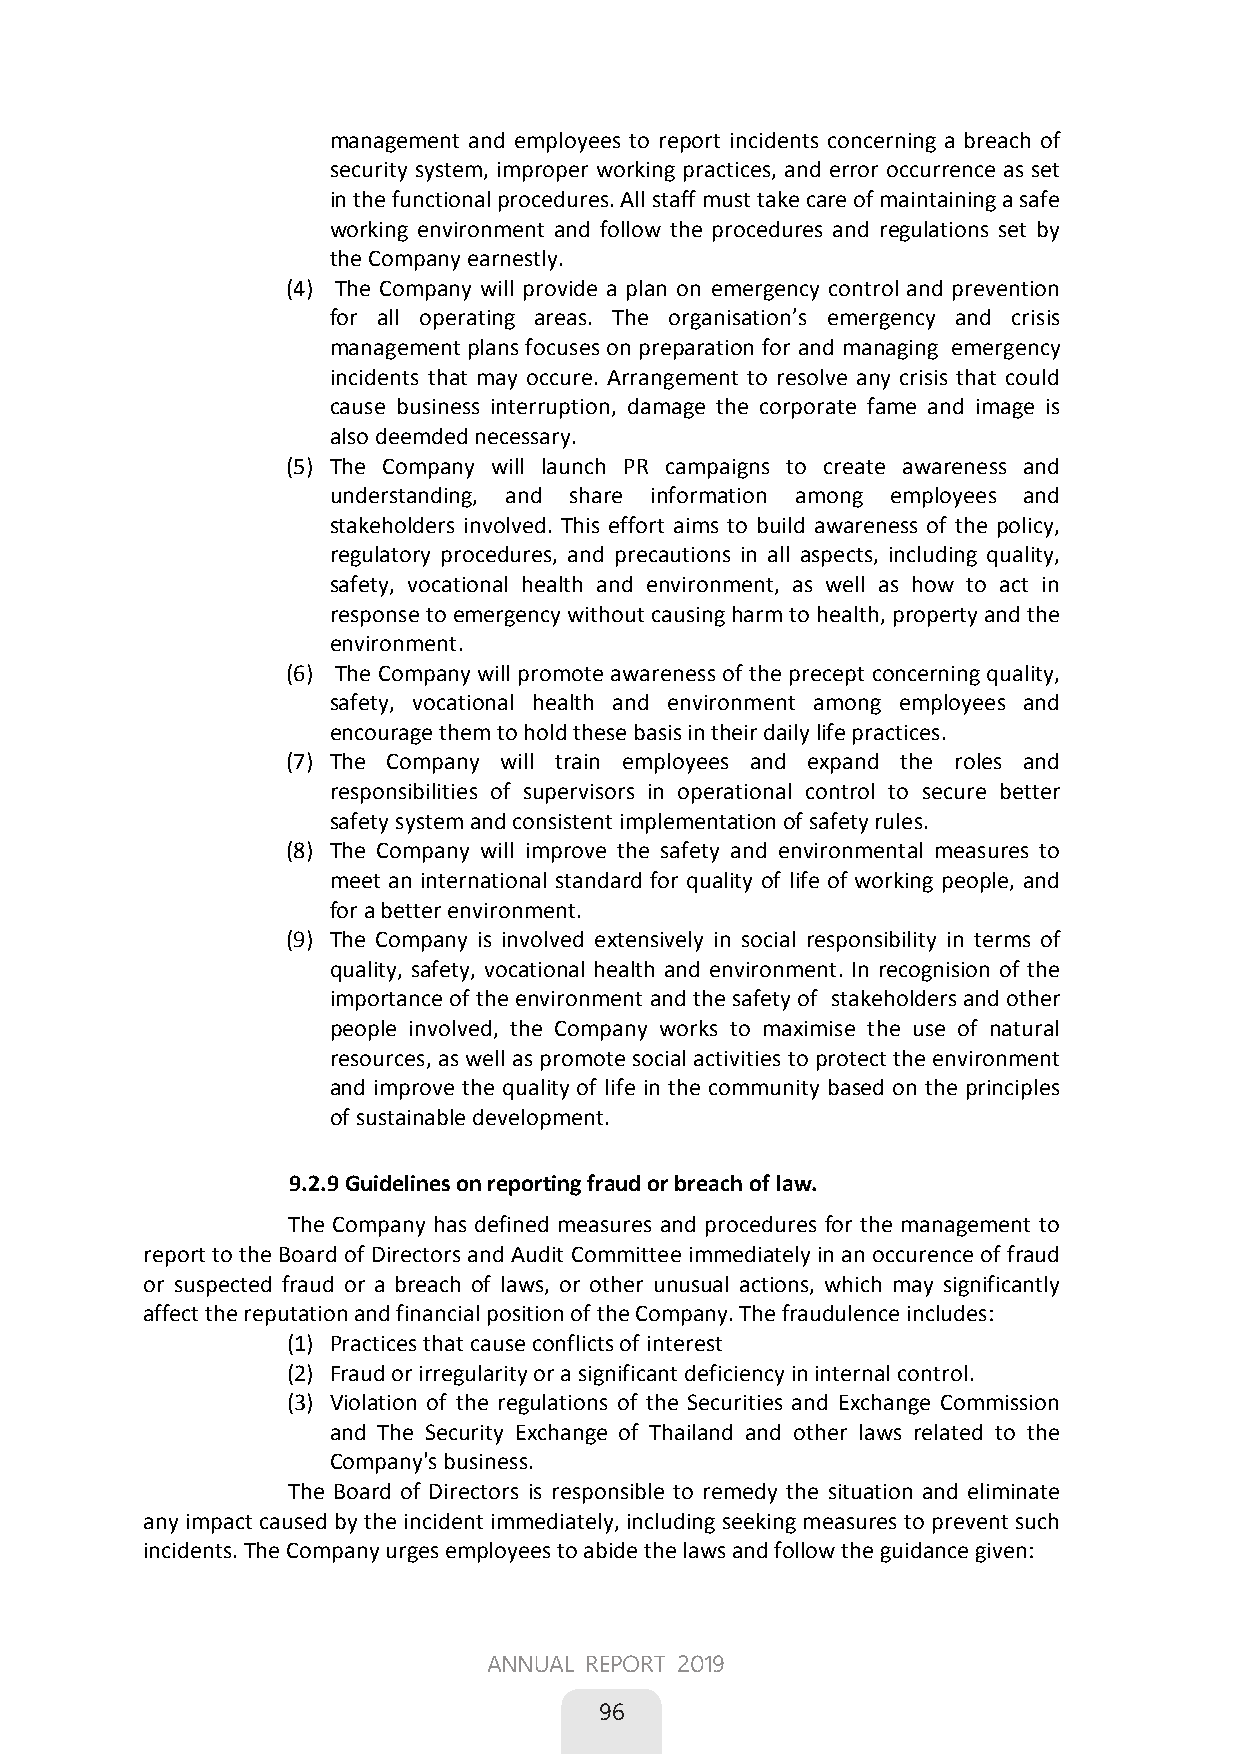
management and employees to report incidents concerning a breach of
 security system, improper working practices, and error occurrence as set
 in the functional procedures. All staff must take care of maintaining a safe
 working environment and follow the procedures and regulations set by
 the Company earnestly.
 (4) The Company will provide a plan on emergency control and prevention
 for all operating areas. The organisation’s emergency and crisis
 management plans focuses on preparation for and managing emergency
 incidents that may occure. Arrangement to resolve any crisis that could
 cause business interruption, damage the corporate fame and image is
 also deemded necessary.
 (5) The Company will launch PR campaigns to create awareness and
 understanding, and share information among employees and
 stakeholders involved. This effort aims to build awareness of the policy,
 regulatory procedures, and precautions in all aspects, including quality,
 safety, vocational health and environment, as well as how to act in
 response toemergency without causing harm to health, property and the
 environment.
 (6) The Company will promote awareness of the precept concerning quality,
 safety, vocational health and environment among employees and
 encourage them to hold these basis in their daily life practices.
 (7) The Company will train employees and expand the roles and
 responsibilities of supervisors in operational control to secure better
 safety system and consistent implementation of safety rules. 
 (8) The Company will improve the safety and environmental measures to
 meet an international standard for quality of life of working people, and
 for a better environment.
 (9) The Company is involved extensively in social responsibility in terms of
 quality, safety, vocational health and environment. In recognision of the
 importance of the environment and the safety of stakeholders and other
 people involved, the Company works to maximise the use of natural
 resources, as well as promote social activities to protect the environment
 and improve the quality of life in the community based on the principles
 of sustainable development.
 9.2.9 Guidelines on reporting fraud or breach of law.
 The Company has defined measures and procedures for the management to
 report to the Board of Directors and Audit Committee immediately in an occurence of fraud
 or suspected fraud or a breach of laws, or other unusual actions, which may significantly
 affect the reputation and financial position of the Company. The fraudulence includes:
 (1) Practices that cause conflicts of interest
 (2) Fraud or irregularity or a significant deficiency in internal control.
 (3) Violation of the regulations of the Securities and Exchange Commission
 and The Security Exchange of Thailand and other laws related to the
 Company's business.
 The Board of Directors is responsible to remedy the situation and eliminate
 any impact caused by the incident immediately, including seeking measures to prevent such
 incidents. The Company urges employees to abide the laws and follow the guidance given:
 58
 ANNUAL REPORT 2019
 
 96